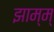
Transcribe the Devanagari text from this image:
झाम्म्